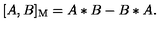
[ A , B ] _ { \mathrm { M } } = A * B - B * A .